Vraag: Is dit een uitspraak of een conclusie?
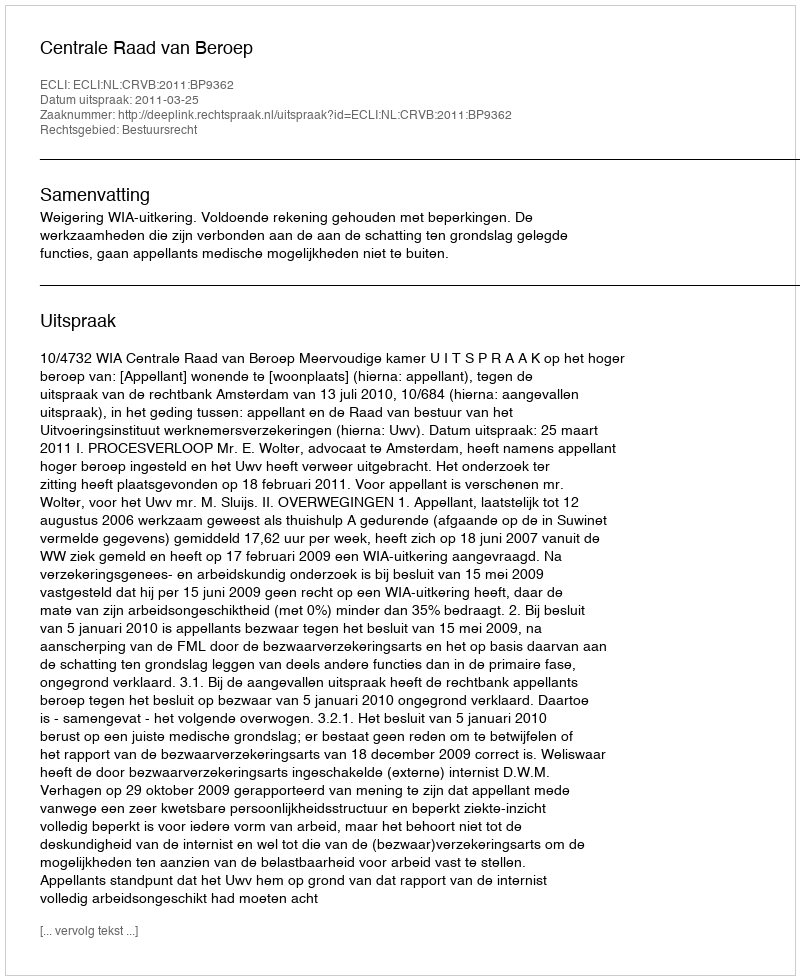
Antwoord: Uitspraak